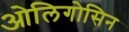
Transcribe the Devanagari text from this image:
ओलिगोसिन